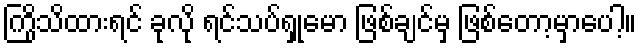
ကြိုသိထားရင် ခုလို ရင်သပ်ရှုမော ဖြစ်ချင်မှ ဖြစ်တော့မှာပေါ့။